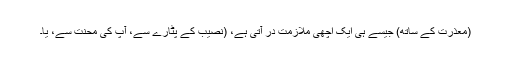
(معذرت کے ساتھ) جیسے ہی ایک اچھی ملازمت دُر آتی ہے، (نصیب کے پٹارے سے، آپ کی محنت سے، یا۔